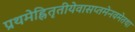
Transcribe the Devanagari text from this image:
प्रथमेह्नितृतीयेवासप्तमेनवमेतथा